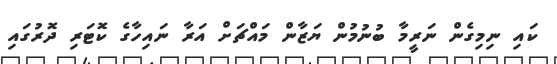
ކައި ނިމިގެން ނަރީމާ ބުނުމުން ޔަޒާން މައްޗަށް އަރާ ނައިހާގެ ކޮޓަރި ދޮރުގައި